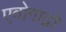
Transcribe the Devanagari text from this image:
एवोगाद्रो